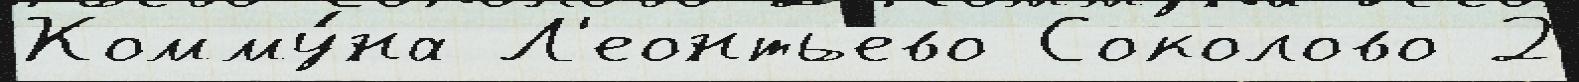
Комму́на Л'еонтьево Соколово 2